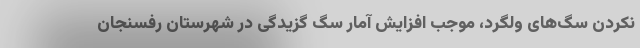
نکردن سگ‌های ولگرد، موجب افزایش آمار سگ گزیدگی در شهرستان رفسنجان